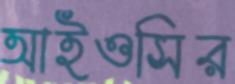
আইওসির